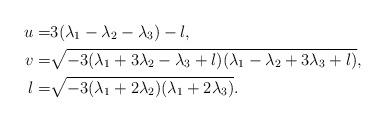
LaTeX: \begin{align*} u= & 3( \lambda_1 - \lambda_2 - \lambda_3) -l, \\ v= & \sqrt{-3( \lambda_1 +3 \lambda_2 - \lambda_3 +l)( \lambda_1 - \lambda_2 +3 \lambda_3 +l)}, \\ l= & \sqrt{-3(\lambda_1 +2\lambda_2)(\lambda_1 +2 \lambda_3)}. \end{align*}